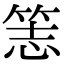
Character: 𥭡